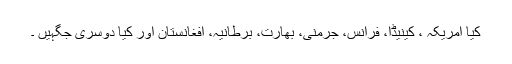
کیا امریکہ ، کینیڈا، فرانس، جرمنی، بھارت، برطانیہ، افغانستان اور کیا دوسری جگہیں ۔